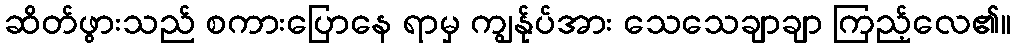
ဆိတ်ဖွားသည် စကားပြောနေ ရာမှ ကျွန်ုပ်အား သေသေချာချာ ကြည့်လေ၏။